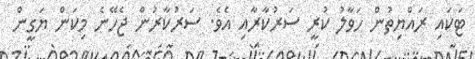
ޓަކައި ރައްޔިތުން ހަވާލު ކުރީ ސަރުކާރާއި އެވެ. ސަރުކާރުން ޖެހޭނެ މިކަން ޔަގީން